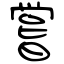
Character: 嘗